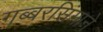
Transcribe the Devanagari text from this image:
गब्बरसिंगाने